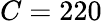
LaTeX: C=220